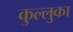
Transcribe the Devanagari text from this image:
कुल्लुका